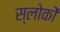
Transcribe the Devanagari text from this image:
स्लोकों